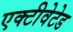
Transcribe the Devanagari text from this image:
एक्टीवेटेड